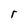
Character: r